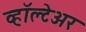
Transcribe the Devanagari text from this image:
व्हॉल्टेअर